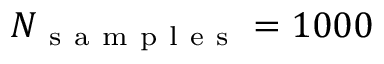
N _ { \mathrm { ~ s ~ a ~ m ~ p ~ l ~ e ~ s ~ } } = 1 0 0 0